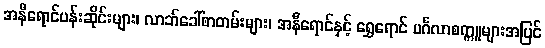
အနီရောင်ပန်းဆိုင်းများ၊ လာဘ်ခေါ်စာတမ်းများ၊ အနီရောင်နှင့် ရွှေရောင် မင်္ဂလာစက္ကူများအပြင်